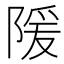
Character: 𫕉